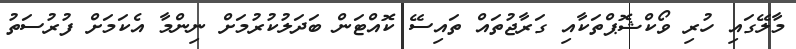
މާލޭގައި ހުރި ވޯކްޝޮޕްތަކާއި ގަރާޖުތައް ތައިސޭ ކޮއްޓަން ބަދަލުކުރުމަށް ނިންމާ އެކަމަށް ފުރުސަތު